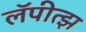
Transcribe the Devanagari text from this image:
लॅपीत्झ